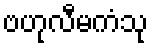
ဗဟုလီမကံသု